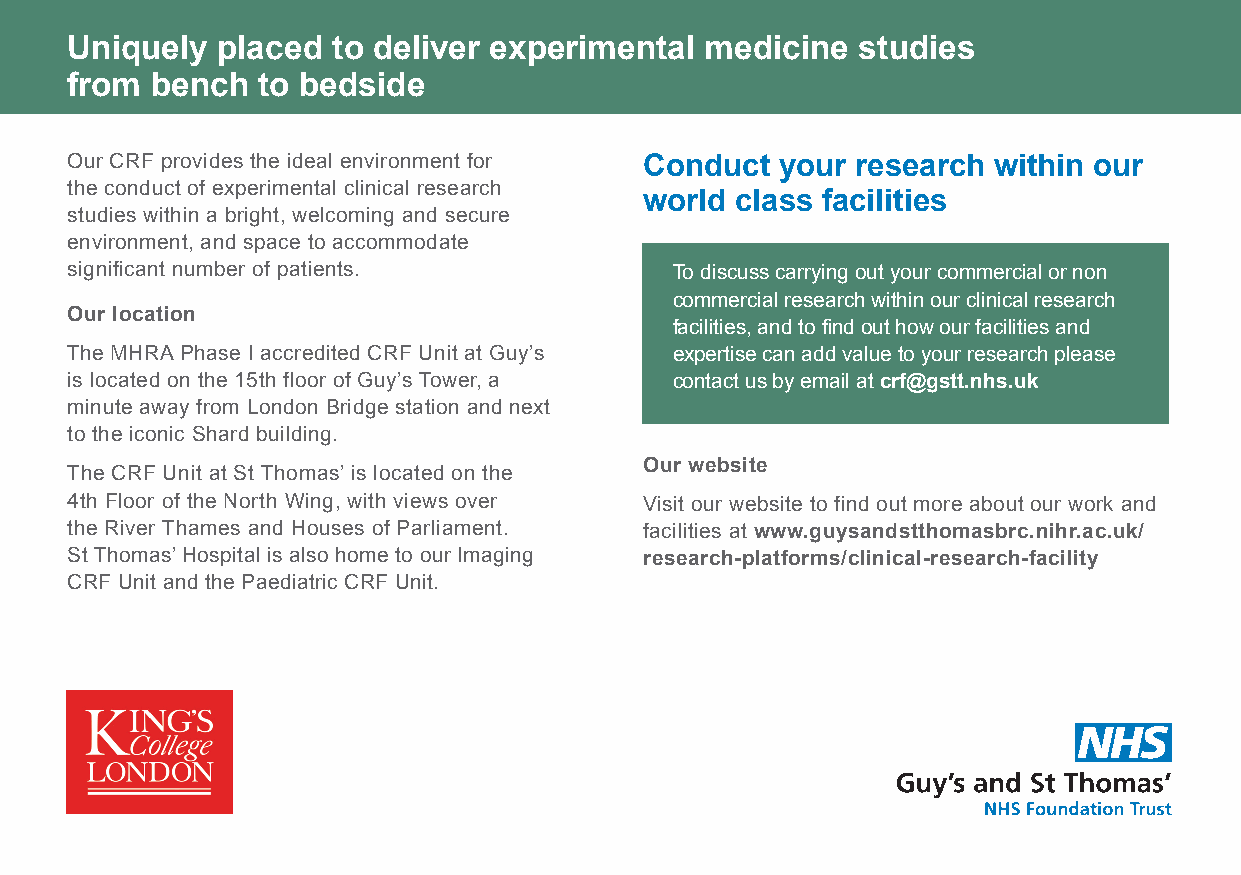
Uniquely  placed  to deliver experimental  medicine  studies
 from  bench  to bedside
 Our CRF provides the ideal environment for Conduct your research within our
 the conduct of experimental clinical research
 world class facilities
 studies within a bright, welcoming and secure
 environment, and space to accommodate
 significant number of patients.          To discuss carrying out your commercial or non
 commercial research within our clinical research
 Our location
 facilities, and to find out how our facilities and
 The MHRA Phase I accredited CRF Unit at Guy’s expertise can add value to your research please
 is located on the 15th floor of Guy’s Tower, a contact us by email at crf@gstt.nhs.uk
 minute away from London Bridge station and next
 to the iconic Shard building.
 Our website
 The CRF Unit at St Thomas’ is located on the
 4th Floor of the North Wing, with views over Visit our website to find out more about our work and
 the River Thames and Houses of Parliament. facilities at www.guysandstthomasbrc.nihr.ac.uk/
 St Thomas’ Hospital is also home to our Imaging research-platforms/clinical-research-facility
 CRF Unit and the Paediatric CRF Unit.